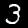
Label: 3